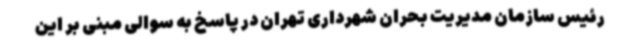
رئیس سازمان مدیریت بحران شهرداری تهران در پاسخ به سوالی مبنی بر این